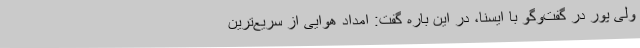
ولی پور در گفت‌وگو با ایسنا، در این باره گفت: امداد هوایی از سریع‌ترین